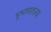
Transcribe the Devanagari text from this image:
भूभागातल्या